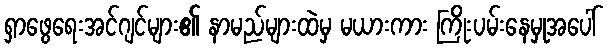
ရှာဖွေရေးအင်ဂျင်များ၏ နာမည်များထဲမှ မယားကား ကြိုးပမ်းနေမှုအပေါ်